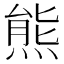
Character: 熊